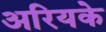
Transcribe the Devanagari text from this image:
अरियके